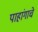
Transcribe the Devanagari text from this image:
पाहांगाचे